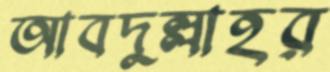
আবদুল্লাহর